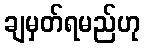
ချမှတ်ရမည်ဟု